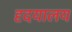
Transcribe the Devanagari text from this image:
दृदयालय